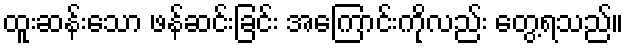
ထူးဆန်းသော ဖန်ဆင်းခြင်း အကြောင်းကိုလည်း တွေ့ရသည်။